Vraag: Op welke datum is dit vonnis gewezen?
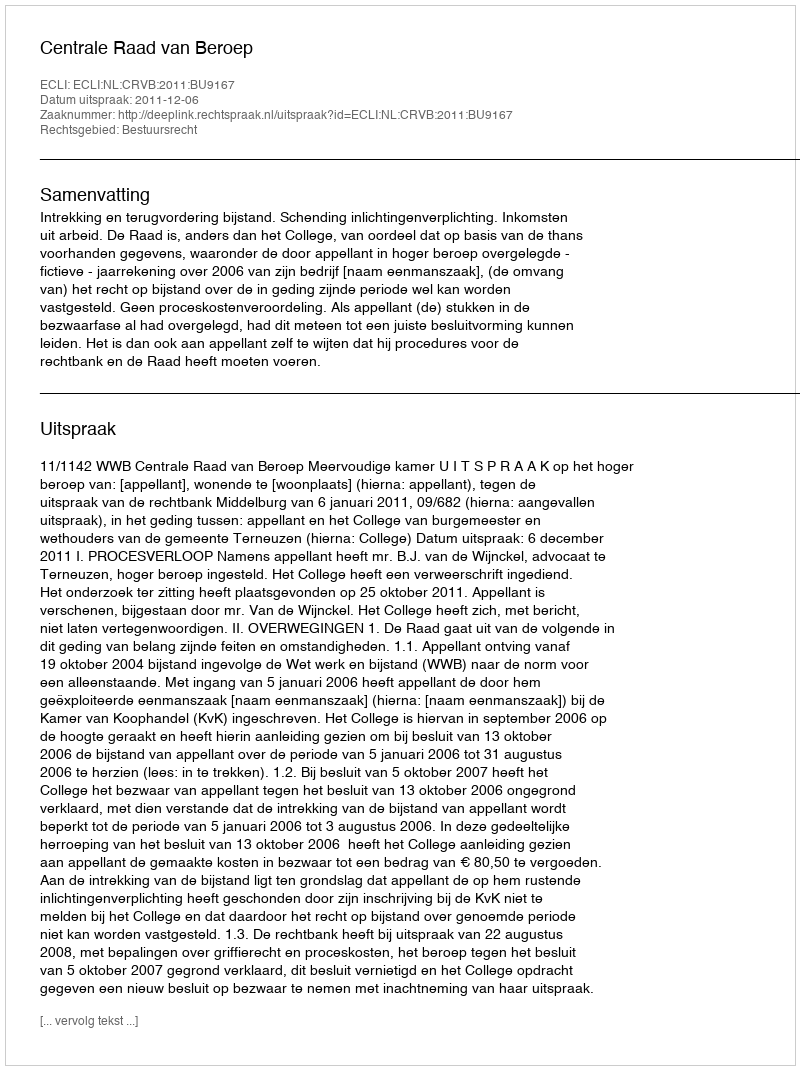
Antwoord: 2011-12-06